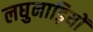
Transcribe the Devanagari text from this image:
लघुनाड़ियों